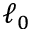
\ell _ { 0 }